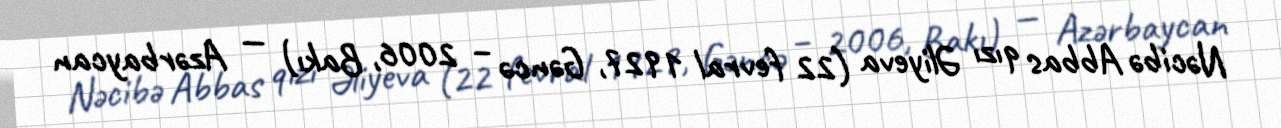
Nəcibə Abbas qızı Əliyeva (22 fevral 1927, Gəncə – 2006, Bakı) — Azərbaycan